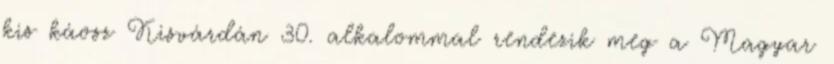
kis káosz Kisvárdán 30. alkalommal rendezik meg a Magyar